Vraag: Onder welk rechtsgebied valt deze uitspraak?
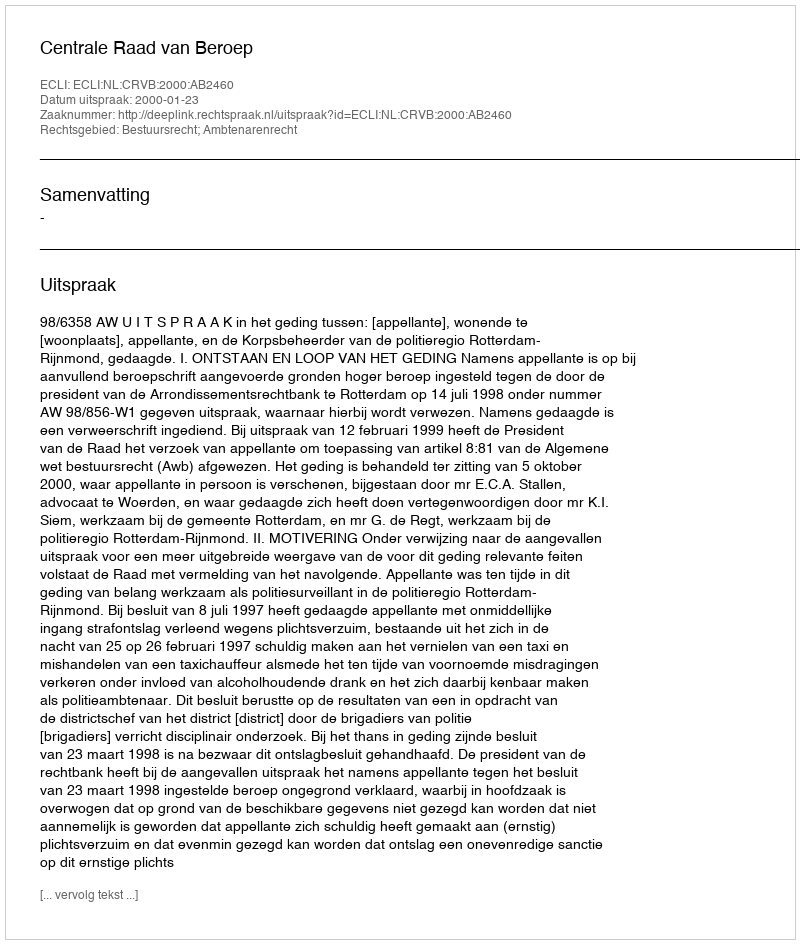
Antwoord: Bestuursrecht; Ambtenarenrecht